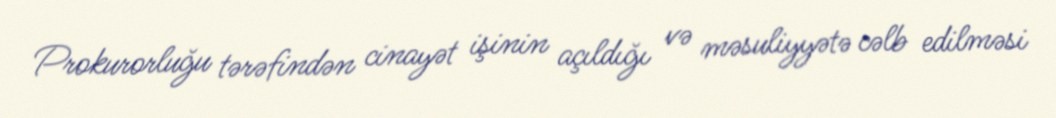
Prokurorluğu tərəfindən cinayət işinin açıldığı və məsuliyyətə cəlb edilməsi